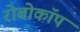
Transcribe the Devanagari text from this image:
रोबोकॉप